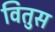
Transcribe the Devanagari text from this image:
वितुस